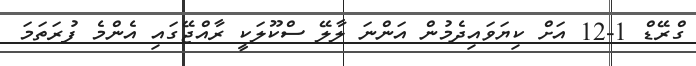
ގްރޭޑް 1-12 އަށް ކިޔަވައިދެމުން އަންނަ ލާލޭ ސްކޫލަކީ ރާއްޖޭގައި އެންމެ ފުރަތަމަ